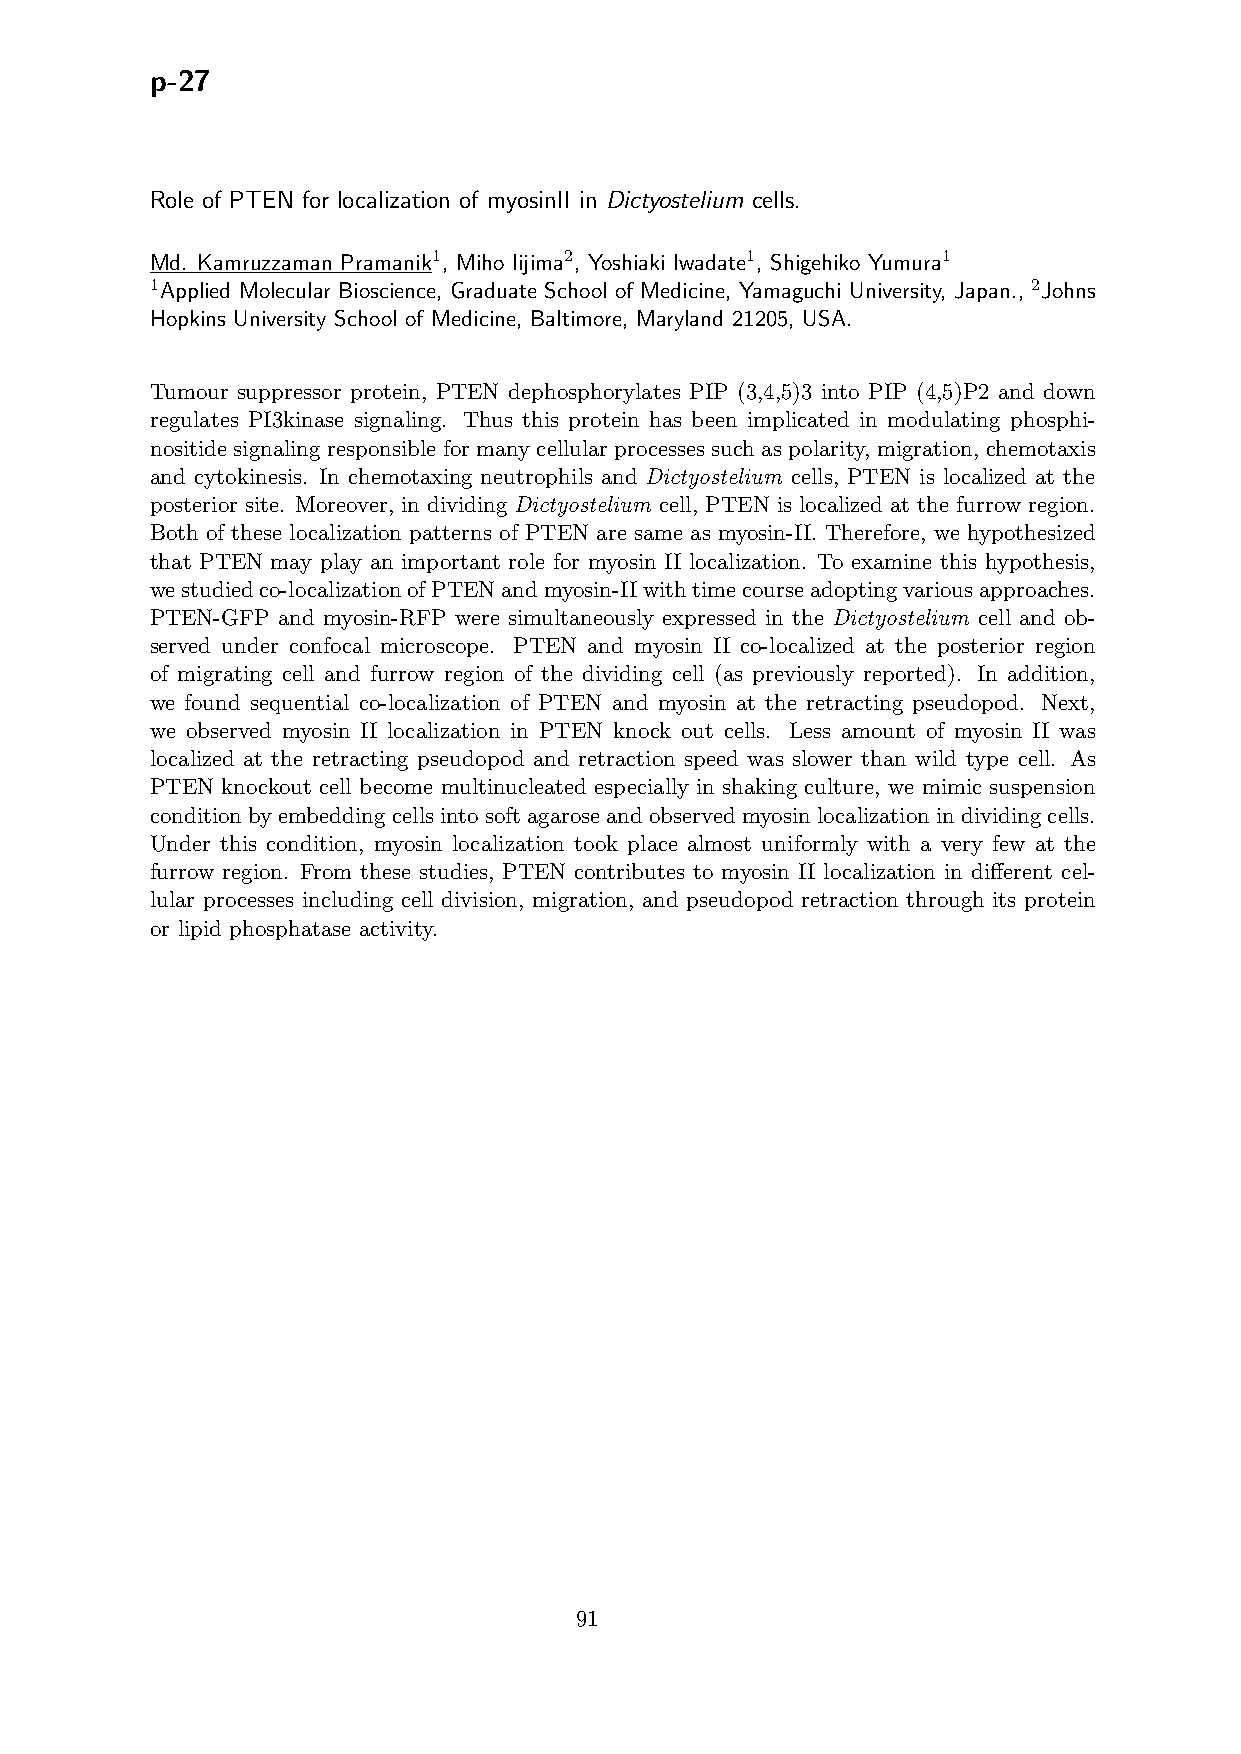
p-27
 Role of PTEN for localization of myosinII in Dictyostelium cells.
 Md. Kamruzzaman Pramanik1, Miho Iijima2, Yoshiaki Iwadate1, Shigehiko Yumura1
 1Applied Molecular Bioscience, Graduate School of Medicine, Yamaguchi University, Japan., 2Johns
 Hopkins University School of Medicine, Baltimore, Maryland 21205, USA.
 Tumour suppressor protein, PTEN dephosphorylates PIP (3,4,5)3 into PIP (4,5)P2 and down
 regulates PI3kinase signaling. Thus this protein has been implicated in modulating phosphi-
 nositidesignalingresponsibleformanycellularprocessessuchaspolarity, migration, chemotaxis
 and cytokinesis. In chemotaxing neutrophils and Dictyostelium cells, PTEN is localized at the
 posterior site. Moreover, in dividing Dictyostelium cell, PTEN is localized at the furrow region.
 Both of these localization patterns of PTEN are same as myosin-II. Therefore, we hypothesized
 that PTEN may play an important role for myosin II localization. To examine this hypothesis,
 westudiedco-localizationofPTENandmyosin-IIwithtimecourseadoptingvariousapproaches.
 PTEN-GFP and myosin-RFP were simultaneously expressed in the Dictyostelium cell and ob-
 served under confocal microscope. PTEN and myosin II co-localized at the posterior region
 of migrating cell and furrow region of the dividing cell (as previously reported). In addition,
 we found sequential co-localization of PTEN and myosin at the retracting pseudopod. Next,
 we observed myosin II localization in PTEN knock out cells. Less amount of myosin II was
 localized at the retracting pseudopod and retraction speed was slower than wild type cell. As
 PTEN knockout cell become multinucleated especially in shaking culture, we mimic suspension
 conditionbyembeddingcellsintosoftagaroseandobservedmyosinlocalizationindividingcells.
 Under this condition, myosin localization took place almost uniformly with a very few at the
 furrow region. From these studies, PTEN contributes to myosin II localization in different cel-
 lular processes including cell division, migration, and pseudopod retraction through its protein
 or lipid phosphatase activity.
 91